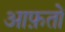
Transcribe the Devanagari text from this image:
आफ़तों